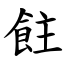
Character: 飳